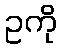
ဥကို